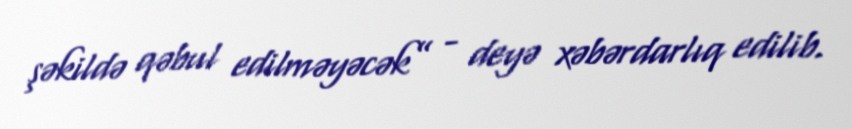
şəkildə qəbul edilməyəcək” - deyə xəbərdarlıq edilib.